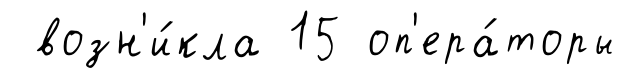
возн'и́кла 15 оп'ера́торы